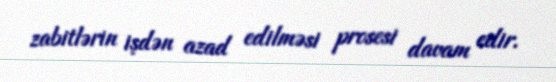
zabitlərin işdən azad edilməsi prosesi davam edir.